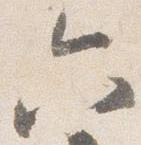
六